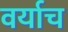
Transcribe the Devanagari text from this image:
वर्याच